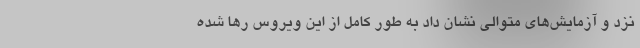
نزد و آزمایش‌های متوالی نشان داد به طور کامل از این ویروس رها شده